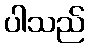
ပါသည်